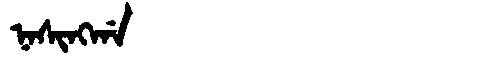
Manchu: ᠨᠠᠰᡳᠩᡤᠠ
Romanization: NASINGGA